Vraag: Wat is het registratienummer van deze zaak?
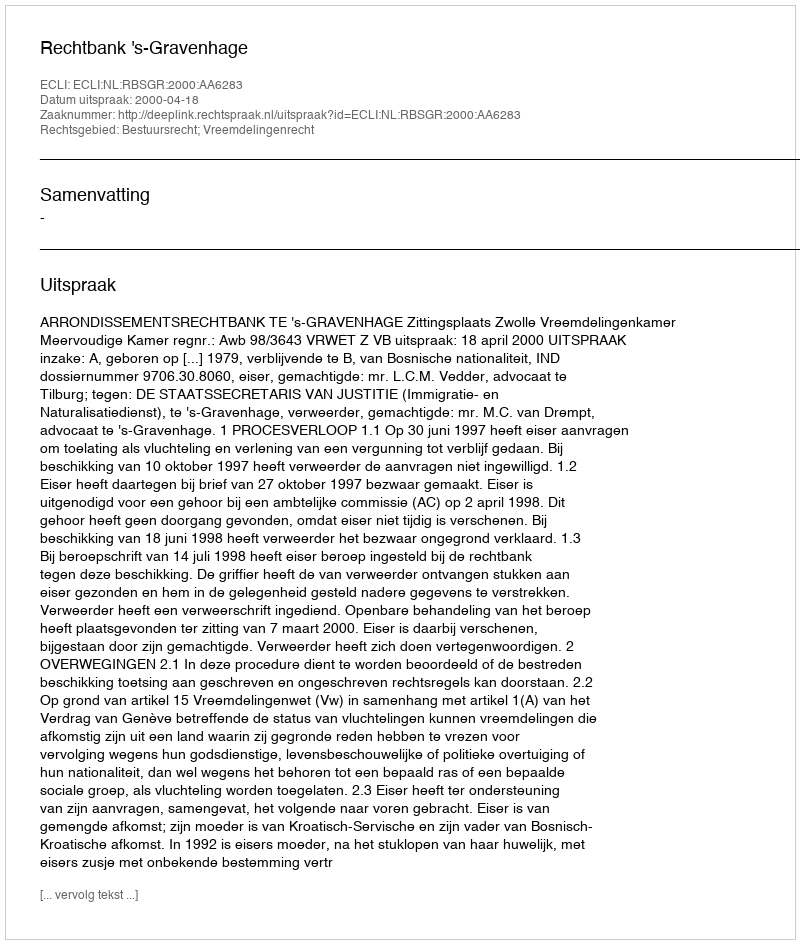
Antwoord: http://deeplink.rechtspraak.nl/uitspraak?id=ECLI:NL:RBSGR:2000:AA6283